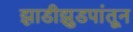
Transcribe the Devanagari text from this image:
झाडीझुडपांतून